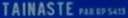
"TAINASTE